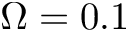
\Omega = 0 . 1